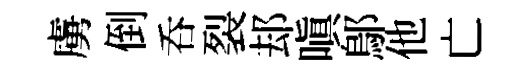
虜倒呑裂𨚫嗔鄔他亡